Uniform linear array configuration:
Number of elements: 48
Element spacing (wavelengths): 0.25
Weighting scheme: kaiser
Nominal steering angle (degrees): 0
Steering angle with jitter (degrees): -0.3672
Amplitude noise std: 0.05
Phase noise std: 0.05

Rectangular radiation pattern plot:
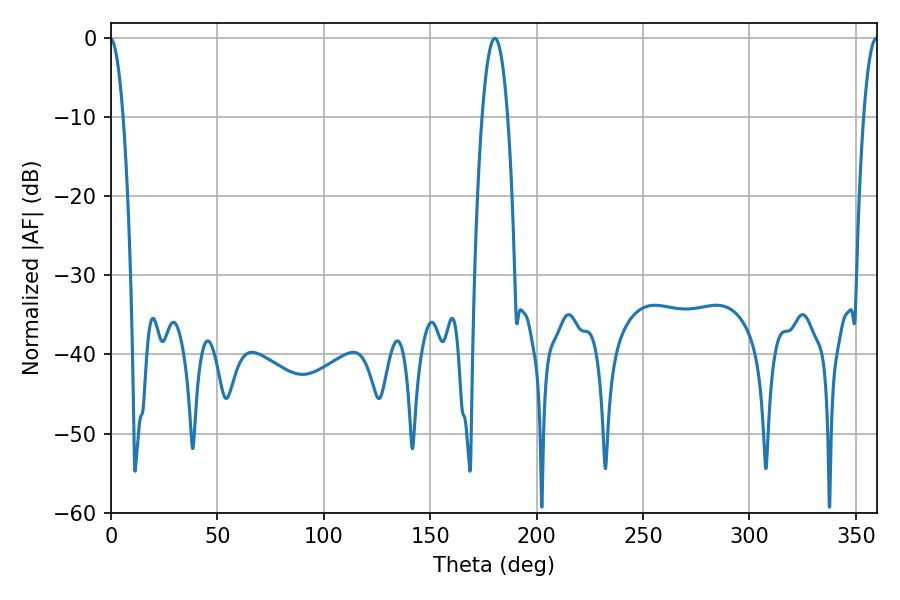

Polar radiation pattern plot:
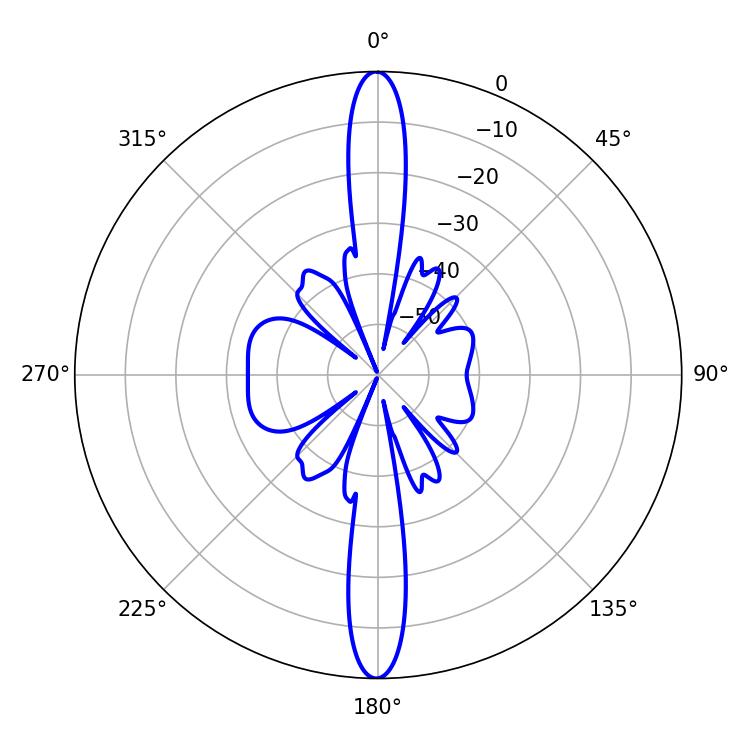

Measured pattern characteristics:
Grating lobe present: FALSE
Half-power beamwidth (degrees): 6.48
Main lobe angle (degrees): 180.36